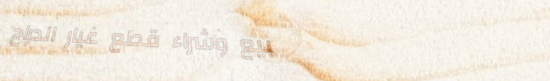
بيع وشراء قطع غيار الدراج